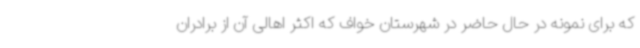
که برای نمونه در حال حاضر در شهرستان خواف که اکثر اهالی آن از برادران